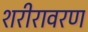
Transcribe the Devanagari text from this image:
शरीरावरण